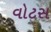
વોટસ